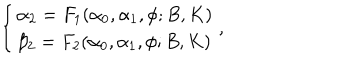
\left\{ \begin{array} { l l } { { \alpha _ { 2 } = F _ { 1 } ( \alpha _ { 0 } , \alpha _ { 1 } , \phi ; B , K ) } } \\ { { \beta _ { 2 } = F _ { 2 } ( \alpha _ { 0 } , \alpha _ { 1 } , \phi ; B , K ) } } \\ \end{array} \right. ,